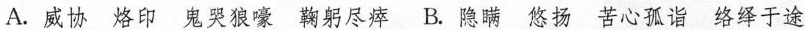
A.威协 烙印 鬼哭狼嚎 鞠躬尽瘁 B.隐瞒 悠扬 苦心孤诣 络绎于途